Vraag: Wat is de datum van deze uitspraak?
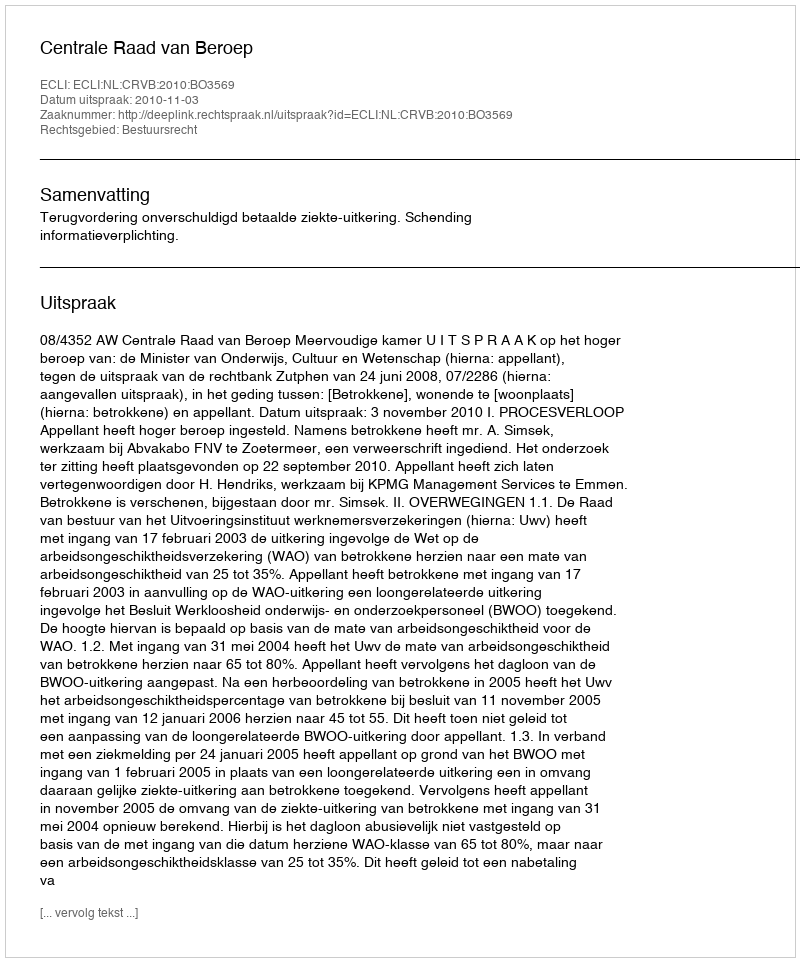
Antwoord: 2010-11-03